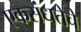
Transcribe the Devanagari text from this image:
एकसंधतेचे